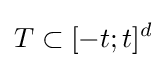
T\subset [-t;t]^{d}